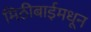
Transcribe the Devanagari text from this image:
मिठीबाईमधून